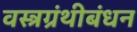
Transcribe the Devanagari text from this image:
वस्त्रग्रंथीबंधन